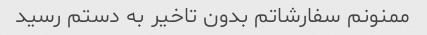
ممنونم سفارشاتم بدون تاخیر به دستم رسید